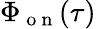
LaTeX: \Phi_{\mathrm{~o~n~}}(\tau)